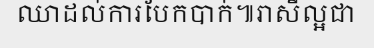
ឈាដល់ការបែកបាក់៕រាសីល្អជា